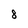
Character: 8